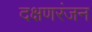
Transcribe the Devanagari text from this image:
दक्षणरंजन